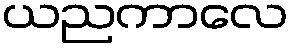
ယညကာလေ